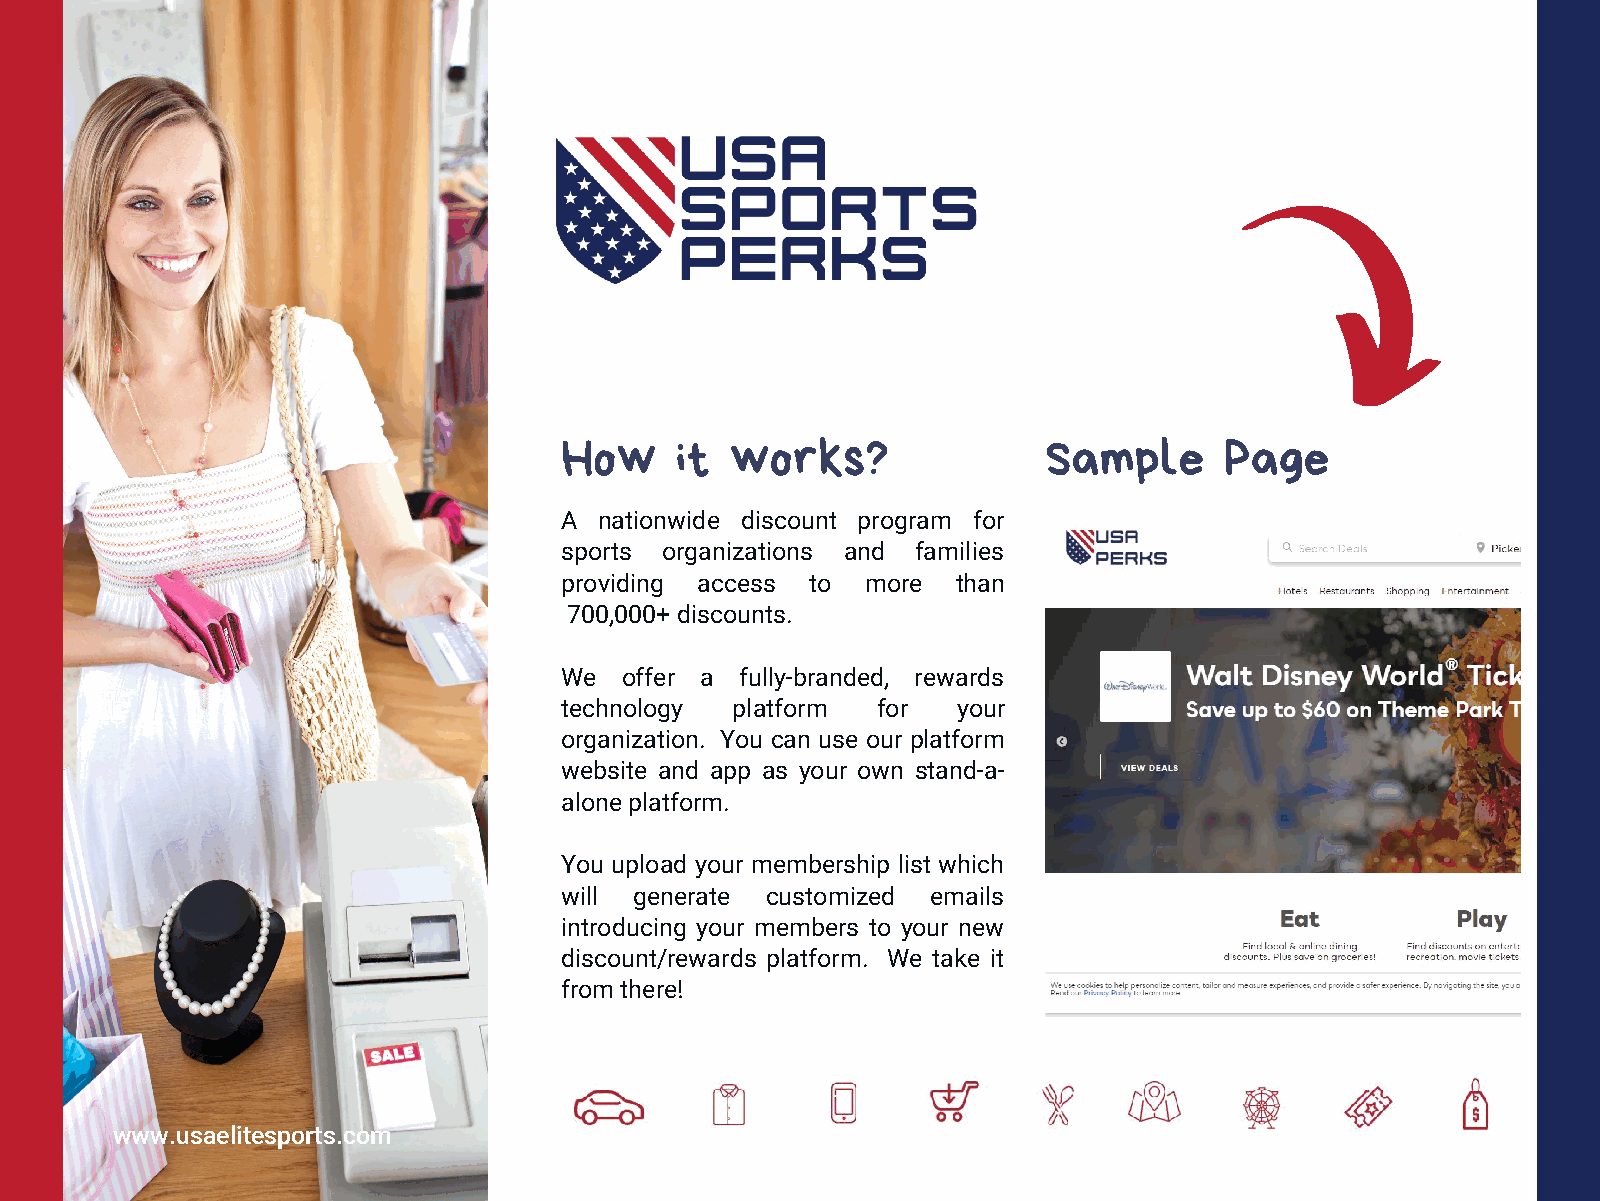
How     it works?               Sample      Page
 A  nationwide discount program for
 sports organizations and families
 providing access to more  than
 700,000+ discounts.
 We  offer a fully-branded, rewards
 technology platform  for  your
 organization. You can use our platform
 website and app as your own stand-a-
 alone platform.
 You upload your membership list which
 will generate customized emails
 introducing your members to your new
 discount/rewards platform. We take it
 from there!
 www.usaelitesports.com